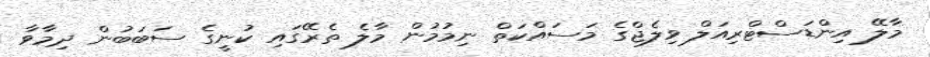
މާލޭ އިންޑަސްޓްރިއަލް ވިލެޖްގެ މަސައްކަތް ނިމުމުން މާލެ ތެރޭގައި ކުނީގެ ސަބަބުން ދިމާވާ